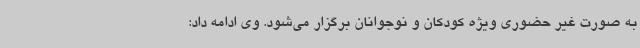
به صورت غیر حضوری ویژه کودکان و نوجوانان برگزار می‌شود. وی ادامه داد: